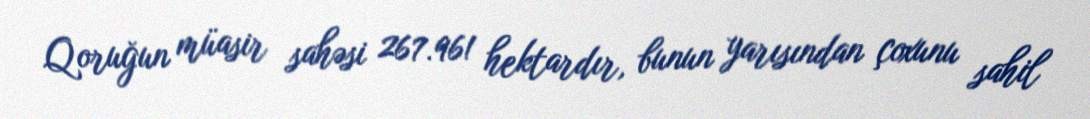
Qoruğun müasir sahəsi 267.961 hektardır, bunun yarısından çoxunu sahil